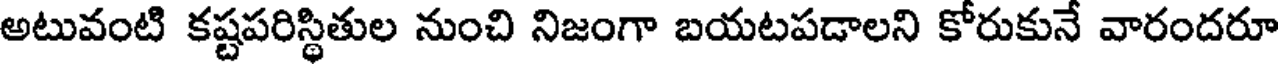
అటువంటి కష్టపరిస్థితుల నుంచి నిజంగా బయటపడాలని కోరుకునే వారందరూ